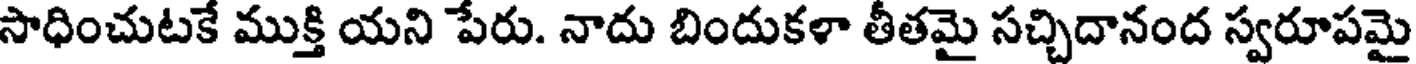
సాధించుటకే ముక్తి యని పేరు. నాదు బిందుకళా తీతమై సచ్చిదానంద స్వరూపమై